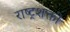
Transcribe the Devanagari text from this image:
राष्ट्रशक्ती